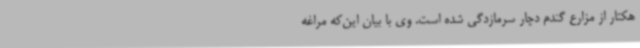
هکتار از مزارع گندم دچار سرمازدگی شده است. وی با بیان این‌که مراغه